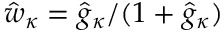
\hat { w } _ { \kappa } = \hat { g } _ { \kappa } / ( 1 + \hat { g } _ { \kappa } )